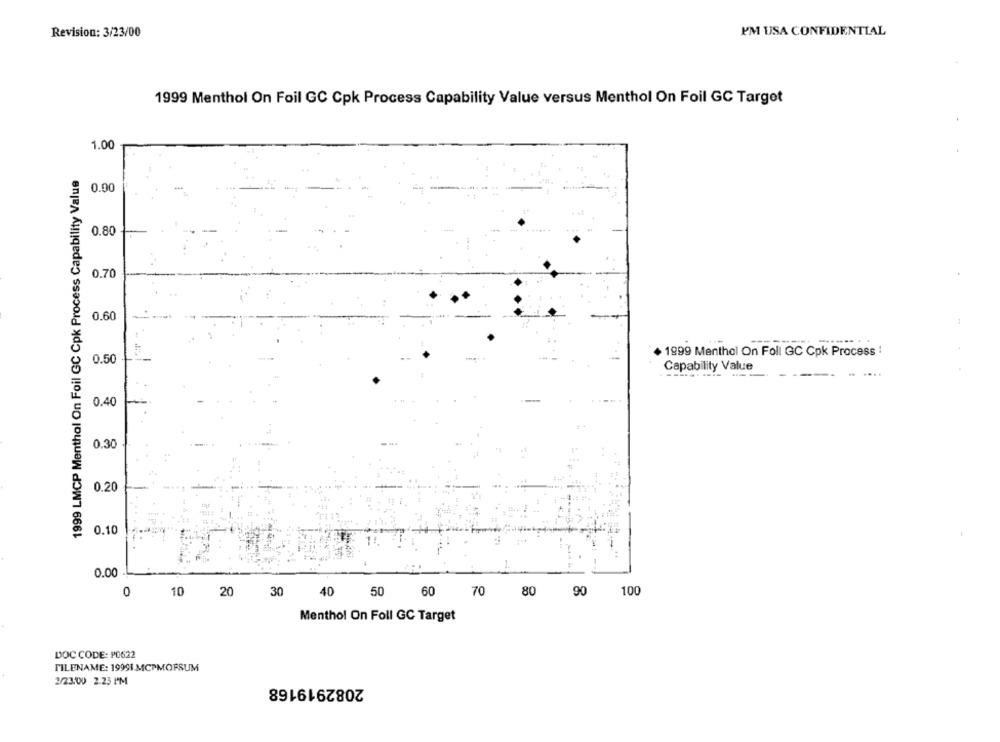
Revision: 3/23/00
I'M USA CONFIDENTIAL
1999 Menthol On Foil GC Cpk Process Capability Value versus Menthol On Foil GC Target
1.00
1999 LMCP Menthal On Foil GC Cpk Process Capability Value
0.00
0.80
0.70
0.60
1999 Menthol On Foll GC Cpk Process !
0.50
Capability Value
0.40
0.30
0.20
0.10
0.00
1.
10
20
30
40
50
60
70
80 90
100
Menthol On Foll GC Target
DOC CODE: PO622
FILENAME: 19991.MCPMOFSUM
2/23:00 2.23 PM
2082919168